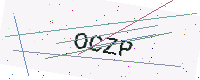
Text: OCZP